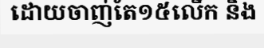
ដោយចាញ់តែ១៥លើក និង